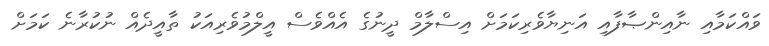
ވައްކަމާއި ނާއިންޞާފާއި އަނިޔާވެރިކަމަށް އިސްލާމް ދީނުގެ އެއްވެސް އީލްމުވެރިއަކު ތާއީދެއް ނުކުރާނެ ކަމަށް